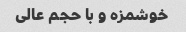
خوشمزه و با حجم عالی